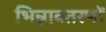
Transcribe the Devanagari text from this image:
भिन्नावतरणों